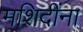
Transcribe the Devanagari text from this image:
मशिदींना